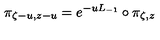
\pi _ { \zeta - u , z - u } = e ^ { - u L _ { - 1 } } \circ \pi _ { \zeta , z }